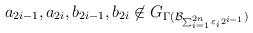
LaTeX: \begin{align*}a_{2i-1}, a_{2i}, b_{2i-1}, b_{2i} \not\in G_{\Gamma( \mathcal{B}_{\sum_{i=1}^{2n} \varepsilon_{i} 2^{i-1}})}\end{align*}